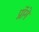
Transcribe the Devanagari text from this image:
प्रॉगे